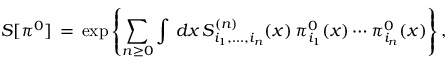
S [ \pi ^ { 0 } ] \, = \, \exp \left\{ \sum _ { n \ge 0 } \int \, d x \, S _ { i _ { 1 } , \ldots , i _ { n } } ^ { ( n ) } ( x ) \, \pi _ { i _ { 1 } } ^ { 0 } ( x ) \cdots \pi _ { i _ { n } } ^ { 0 } ( x ) \right\} ,